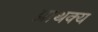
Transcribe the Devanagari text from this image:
प्राथक्य